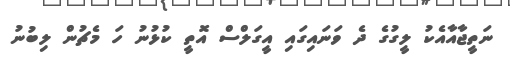
ނަތީޖާއާއެކު ލީގުގެ ދެ ވަނައިގައި އީގަލްސް އޮތީ ކުޅުނު ހަ މެޗުން ލިބުނު